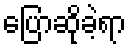
ပြောဆိုခဲ့ရာ